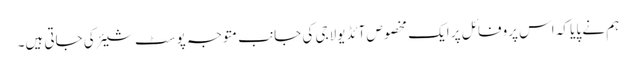
ہم نے پایا کہ اس پروفائل پر ایک مخصوص آئڈیولاجی کی جانب متوجہ پوسٹ شیئر کی جاتی ہیں۔